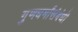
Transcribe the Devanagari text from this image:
गुणधर्मांसंबंधी